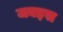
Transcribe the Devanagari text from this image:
जबइस